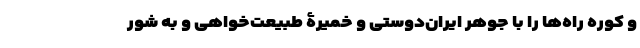
و کوره راه‌ها را با جوهر ایران‌دوستی و خمیرۀ طبیعت‌خواهی و به شور